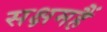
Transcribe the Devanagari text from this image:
सक्षमहैं